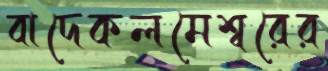
বাদেকলমেশ্বরের